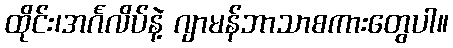
ထိုင်း၊အင်္ဂလိပ်နဲ့ ဂျာမန်ဘာသာစကားတွေပါ။